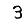
Digit: 3